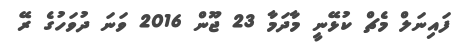
ފައިނަލް މެޗް ކުޅޭނީ މާދަމާ 23 ޖޫން 2016 ވަނަ ދުވަހުގެ ރޭ